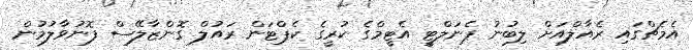
އެމެޗްގައި ރެއާލްއަށް ލިބުނު ޕެނަލްޓީ އެޓީމްގެ ކުރީގެ ކެޕްޓަން ރައުލް ގޮންޒާލޭސް ފޮނުވާލުމުން